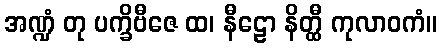
အဏ္ဍံ တု ပက္ခိဗီဇေ ထ၊ နီဠော နိတ္ထီ ကုလာဝကံ။